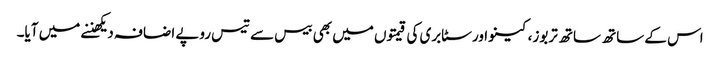
اس کے ساتھ ساتھ تربوز، کینو اور سٹابری کی قیمتوں میں بھی بیس سے تیس روپے اضافہ دیکھننے میں آیا۔